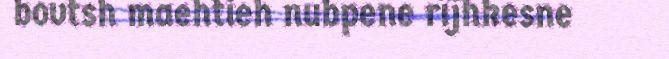
bovtsh maehtieh nubpene rïjhkesne